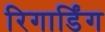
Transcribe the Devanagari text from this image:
रिगार्डिंग